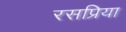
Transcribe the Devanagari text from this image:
रसप्रिया